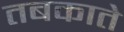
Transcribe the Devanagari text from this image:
तबकाते